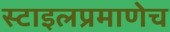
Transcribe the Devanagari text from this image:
स्टाइलप्रमाणेच